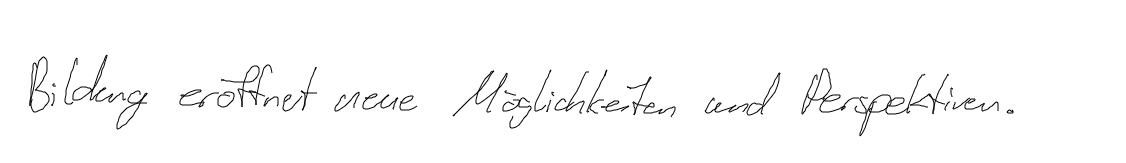
Bildung eröffnet neue Möglichkeiten und Perspektiven.